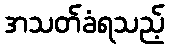
အသတ်ခံရသည့်